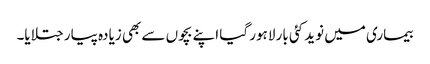
بیماری میں نوید کئی بار لاہور گیا اپنے بچوں سے بھی زیادہ پیار جتلایا۔